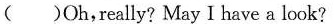
( )Oh,really? May I have a look?